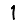
Digit: 1